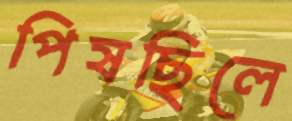
পিষছিলে